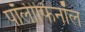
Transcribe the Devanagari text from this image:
पॉलीफिनॉल